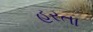
હરતા